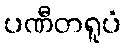
ပဏီတရူပံ